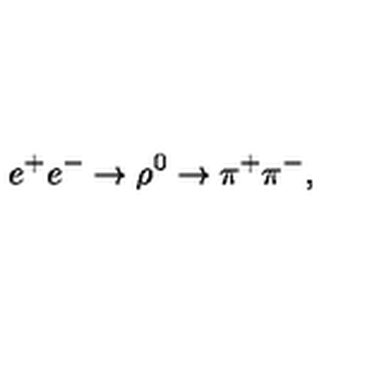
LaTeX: e ^ { + } e ^ { - } \rightarrow \rho ^ { 0 } \rightarrow \pi ^ { + } \pi ^ { - } ,